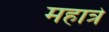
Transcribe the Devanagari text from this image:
महात्रे